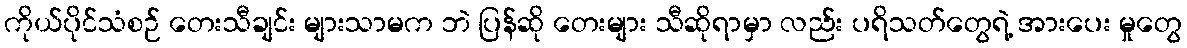
ကိုယ်ပိုင်သံစဉ် တေးသီချင်း များသာမက ဘဲ ပြန်ဆို တေးများ သီဆိုရာမှာ လည်း ပရိသတ်တွေရဲ့ အားပေး မှုတွေ